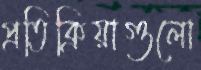
প্রতিক্রিয়াগুলো